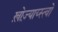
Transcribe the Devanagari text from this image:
ख़ोज़्याय्स्त्वो